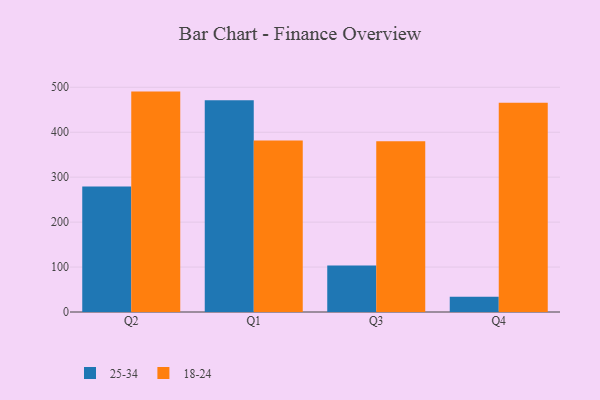
{"axis": {"x": "Quarter", "y": "Market Share (%)"}, "legend": ["18-24", "25-34"], "data": [{"x": "Q2", "y": 279.3, "type": "25-34"}, {"x": "Q2", "y": 490.4, "type": "18-24"}, {"x": "Q1", "y": 471.4, "type": "25-34"}, {"x": "Q1", "y": 381.6, "type": "18-24"}, {"x": "Q3", "y": 103.5, "type": "25-34"}, {"x": "Q3", "y": 380.1, "type": "18-24"}, {"x": "Q4", "y": 34.1, "type": "25-34"}, {"x": "Q4", "y": 465.8, "type": "18-24"}]}